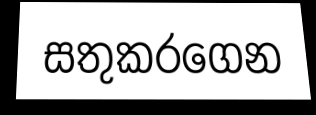
සතුකරගෙන